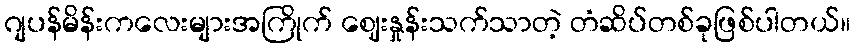
ဂျပန်မိန်းကလေးများအကြိုက် ဈေးနှုန်းသက်သာတဲ့ တံဆိပ်တစ်ခုဖြစ်ပါတယ်။